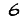
Digit: 6